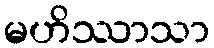
မဟိဿာသာ